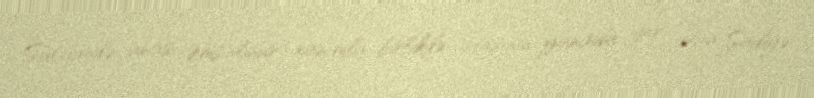
Sürgündə anası Əmsalinur xanımla birlikdə atasının yanında yer alan Şadiyə